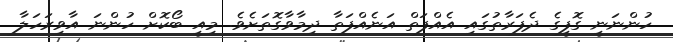
ހުންނަނީ ގޮފީގެ ދެފަރާތުގައި އެއްފަތް އަނެއްފަތާ ދިމާވާގޮތަށެވެ. މިއީ ބޯކޮށް ހުންނަ އާވިރަހަލާ